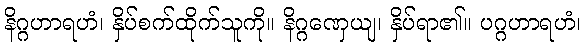
နိဂ္ဂဟာရဟံ၊ နှိပ်စက်ထိုက်သူကို။ နိဂ္ဂဏှေယျ၊ နှိပ်ရာ၏။ ပဂ္ဂဟာရဟံ၊